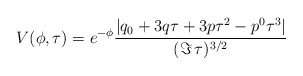
\begin{align*}V(\phi,\tau) = e^{- \phi} \frac{|q_0 + 3 q \tau + 3 p \tau^2 - p^0 \tau^3|}{(\Im\,\tau)^{3/2}}\end{align*}